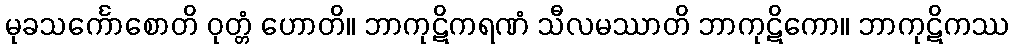
မုခသင်္ကောစောတိ ဝုတ္တံ ဟောတိ။ ဘာကုဋိကရဏံ သီလမဿာတိ ဘာကုဋိကော။ ဘာကုဋိကဿ